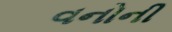
વનોની